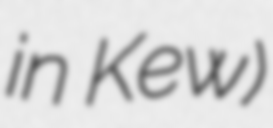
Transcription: in Kew)